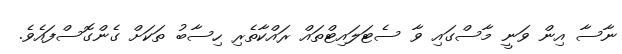
ނާސާ އިން ވަނީ މާސްގައި ވާ ސެޓަލައިޓްތައް ރައްކާތެރި ހިސާބު ތަކަަށް ގެންގޮސްފައެވެ.